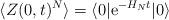
LaTeX: \begin{align*}\langle Z(0,t)^N \rangle = \langle 0|\mathrm{e}^{-H_N t}|0\rangle\end{align*}